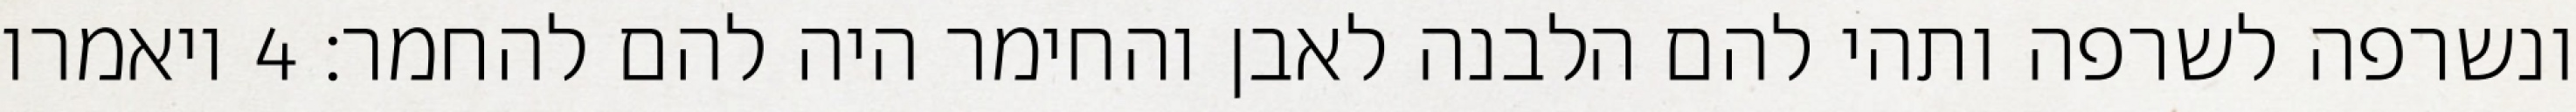
ונשרפה לשרפה ותהי להם הלבנה לאבן והחימר היה להם להחמר׃ ‎4‏ ויאמרו